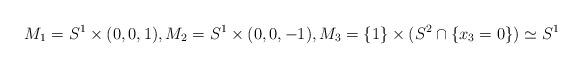
LaTeX: \begin{align*} M_1=S^1 \times (0,0,1), M_2=S^1 \times (0,0,-1), M_3= \{ 1 \} \times (S^2 \cap \{ x_3=0 \})\simeq S^{1}\end{align*}